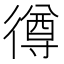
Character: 𢕰